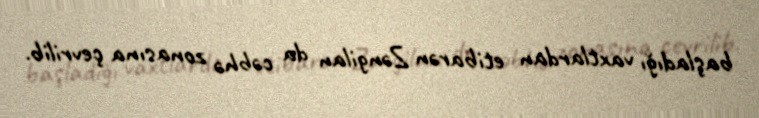
başladığı vaxtlardan etibarən Zəngilan da cəbhə zonasına çevrilib.